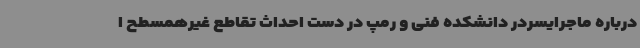
درباره ماجرایسردر دانشکده فنی و رمپ در دست احداث تقاطع غیرهمسطح ا